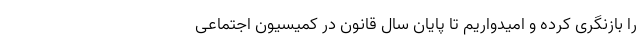
را بازنگری کرده و امیدواریم تا پایان سال قانون در کمیسیون اجتماعی